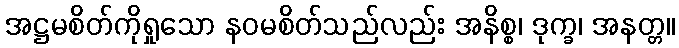
အဋ္ဌမစိတ်ကိုရှုသော နဝမစိတ်သည်လည်း အနိစ္စ၊ ဒုက္ခ၊ အနတ္တ။